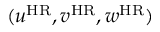
( u ^ { \mathrm { H R } } , v ^ { \mathrm { H R } } , w ^ { \mathrm { H R } } )